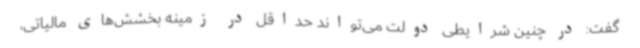
گفت: در چنین شرایطی دولت می‌تواند حداقل در زمینه بخشش‌های مالیاتی،